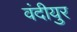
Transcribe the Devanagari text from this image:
वंदीयुर